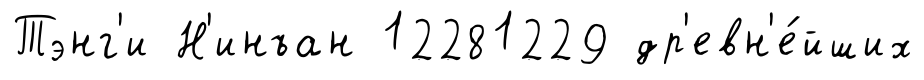
Тэнг'и Н'инъан 12281229 др'евн'е́йших